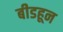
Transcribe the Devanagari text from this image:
बीडहून